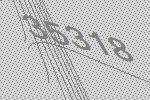
35318